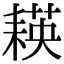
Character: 𦔃